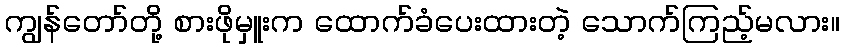
ကျွန်တော်တို့ စားဖိုမှူးက ထောက်ခံပေးထားတဲ့ သောက်ကြည့်မလား။